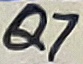
Text: Q7